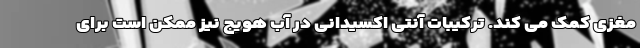
مغزی کمک می کند. ترکیبات آنتی اکسیدانی در آب هویج نیز ممکن است برای